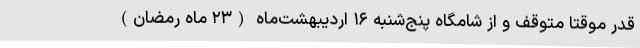
قدر موقتا متوقف و از شامگاه پنج‌شنبه ۱۶ اردیبهشت‌ماه (۲۳ ماه رمضان)